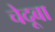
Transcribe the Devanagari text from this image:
चेदूबा